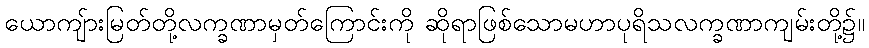
ယောကျ်ားမြတ်တို့လက္ခဏာမှတ်ကြောင်းကို ဆိုရာဖြစ်သောမဟာပုရိသလက္ခဏာကျမ်းတို့၌။